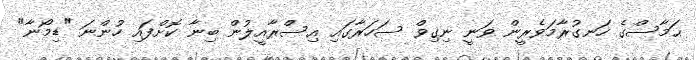
ޙަމާސްގެ ހަނގުރާމަވެރީން ވަނީ ނިގިވް ސަހަރާގައި އިސްރާއީލުން ބިނާ ކޮށްފައި ހުންނަ "ޑިމޯނާ"